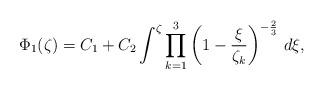
LaTeX: \begin{align*}{}\Phi_1(\zeta) = C_1 + C_2 \int^\zeta \prod_{k=1}^{3} \left( 1 - \frac{\xi}{\zeta_k} \right)^{-\frac{2}{3}} \, d\xi,\end{align*}